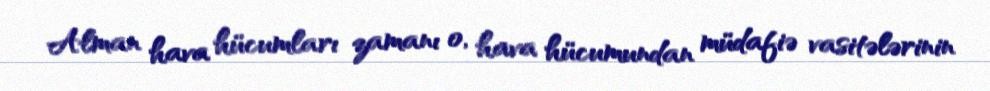
Alman hava hücumları zamanı o, hava hücumundan müdafiə vasitələrinin